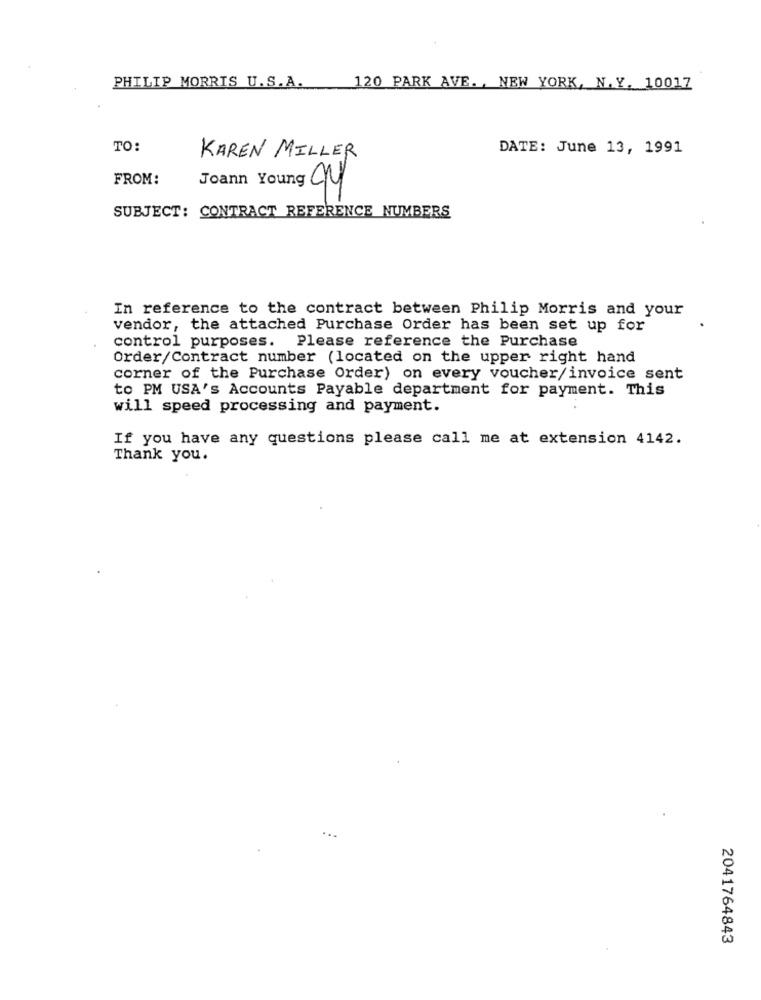
PHILIP MORRIS U.S.A.
120 PARK AVE ., NEW YORK, N.Y. 10017
TO:
DATE: June 13, 1991
KAREN MILLER
FROM:
Joann Young CH
SUBJECT: CONTRACT REFERENCE NUMBERS
In reference to the contract between Philip Morris and your
vendor, the attached Purchase Order has been set up for
control purposes. Please reference the Purchase
Order/Contract number (located on the upper right hand
corner of the Purchase Order) on every voucher/invoice sent
to PM USA's Accounts Payable department for payment. This
will speed processing and payment.
If you have any questions please call me at extension 4142.
Thank you.
2041764843